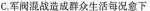
C.军阀混战造成群众生活每况俞下